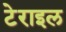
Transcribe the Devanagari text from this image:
टेराइल